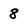
Character: 8